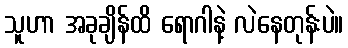
သူဟာ အခုချိန်ထိ ရောဂါနဲ့ လဲနေတုန်းပဲ။